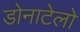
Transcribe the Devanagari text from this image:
डोनाटेलो